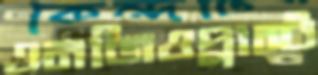
এনজিওপ্লাস্ট